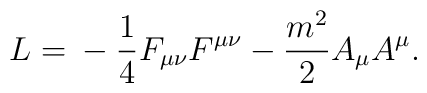
L = \mbox{}-\frac{1}{4}F_{\mu\nu}F^{\mu\nu} - \frac{m^{2}}{2}A_{\mu}A^{\mu} .